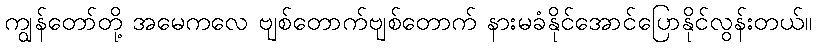
ကျွန်တော်တို့ အမေကလေ ဗျစ်တောက်ဗျစ်တောက် နားမခံနိုင်အောင်ပြောနိုင်လွန်းတယ်။